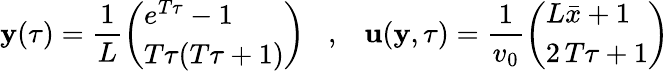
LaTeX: {\mathbf y}(\tau)=\frac{1}{L}\left(\begin{array}{l}{e^{T\tau}-1}\\ {T\tau(T\tau+1)}\end{array}\right)\; \; \; ,\; \; \; {\mathbf u}({\mathbf y},\tau)=\frac{1}{v_{0}}\left(\begin{array}{l}{L\bar{x}+1}\\ {2\, T\tau+1}\end{array}\right)